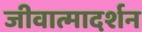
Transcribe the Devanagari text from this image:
जीवात्मादर्शन